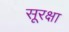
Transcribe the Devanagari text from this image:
सूरक्षा